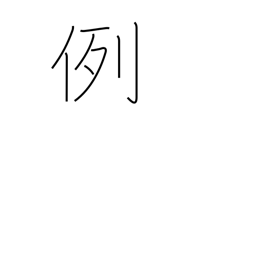
Meaning: custom